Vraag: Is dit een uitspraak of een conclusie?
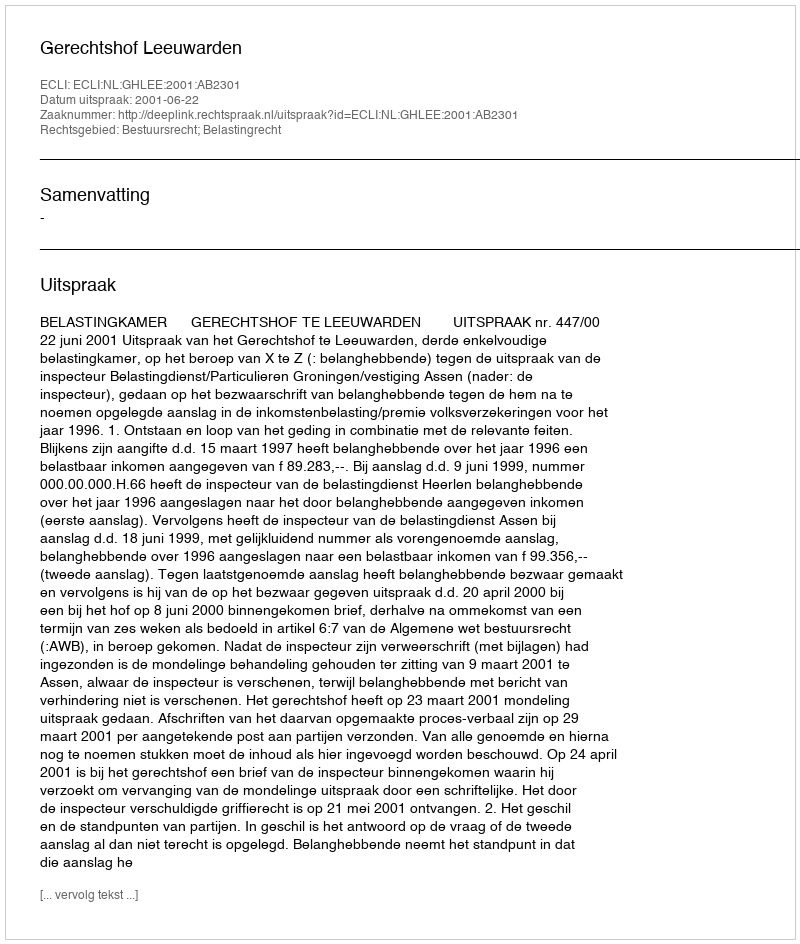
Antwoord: Uitspraak